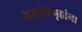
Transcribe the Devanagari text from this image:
वसतिगृहांना